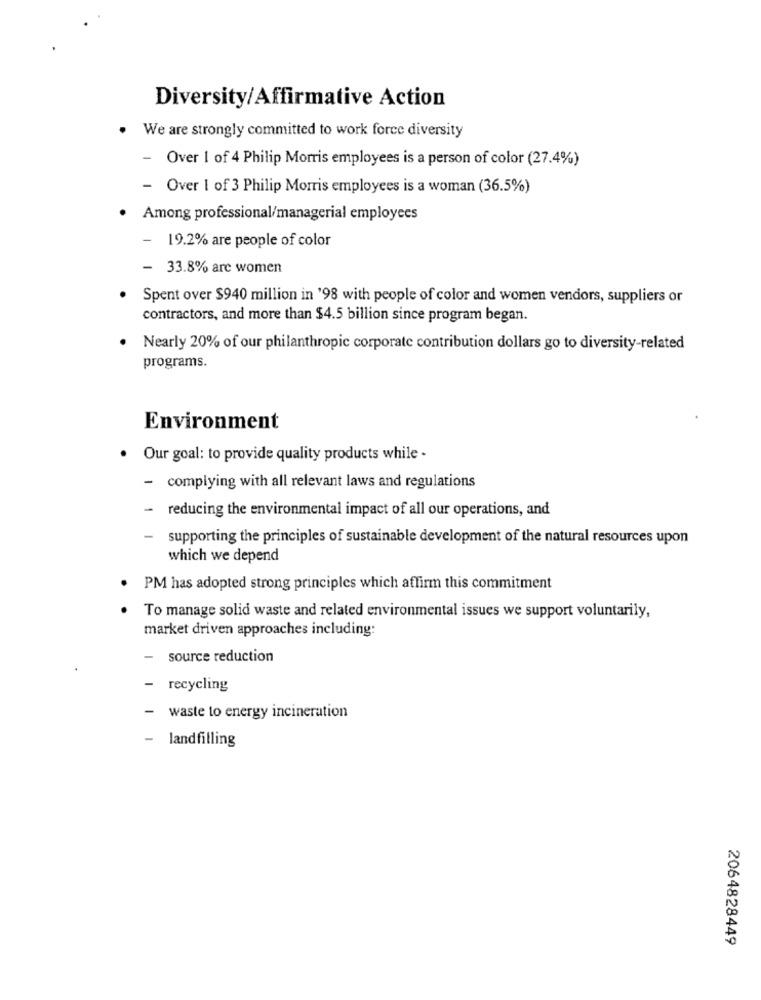
Diversity/Affirmative Action
We are strongly committed to work force diversity
-
Over 1 of 4 Philip Morris employees is a person of color (27.4%)
- Over I of 3 Philip Morris employees is a woman (36.5%)
Among professional/managerial employees
19.2% are people of color
- 33.8% arc women
Spent over $940 million in '98 with people of color and women vendors, suppliers or
contractors, and more than $4.5 billion since program began.
Nearly 20% of our philanthropic corporate contribution dollars go to diversity-related
programs.
Environment
Our goal: to provide quality products while -
- complying with all relevant laws and regulations
- reducing the environmental impact of all our operations, and
-
supporting the principles of sustainable development of the natural resources upon
which we depend
PM has adopted strong principles which affirm this commitment
To manage solid waste and related environmental issues we support voluntarily,
market driven approaches including:
-
source reduction
- recycling
- waste to energy incineration
land filling
2064828449